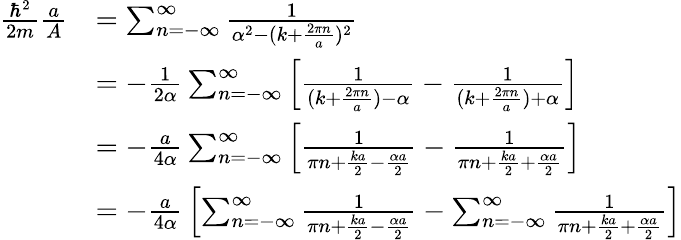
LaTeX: {\begin{array}{rl}{{\frac{\hbar^{2}}{2m}}{\frac{a}{A}}}&{=\sum_{n=-\infty}^{\infty}{\frac{1}{\alpha^{2}-(k+{\frac{2\pi n}{a}})^{2}}}}\\ &{=-{\frac{1}{2\alpha}}\sum_{n=-\infty}^{\infty}\left[{\frac{1}{(k+{\frac{2\pi n}{a}})-\alpha}}-{\frac{1}{(k+{\frac{2\pi n}{a}})+\alpha}}\right]}\\ &{=-{\frac{a}{4\alpha}}\sum_{n=-\infty}^{\infty}\left[{\frac{1}{\pi n+{\frac{ka}{2}}-{\frac{\alpha a}{2}}}}-{\frac{1}{\pi n+{\frac{ka}{2}}+{\frac{\alpha a}{2}}}}\right]}\\ &{=-{\frac{a}{4\alpha}}\left[\sum_{n=-\infty}^{\infty}{\frac{1}{\pi n+{\frac{ka}{2}}-{\frac{\alpha a}{2}}}}-\sum_{n=-\infty}^{\infty}{\frac{1}{\pi n+{\frac{ka}{2}}+{\frac{\alpha a}{2}}}}\right]}\end{array}}